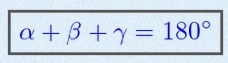
\alpha+\beta+\gamma=180^\circ